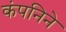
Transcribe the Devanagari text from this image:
कंपनिने